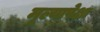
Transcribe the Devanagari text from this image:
मूल्यापेक्षा